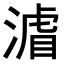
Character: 𭱼